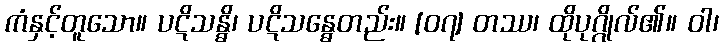
ကံနှင့်တူသော။ ပဋိသန္ဓိ၊ ပဋိသန္ဓေတည်း။ [၀၇] တဿ၊ ထိုပုဂ္ဂိုလ်၏။ ဝါ၊